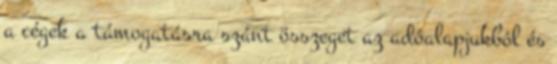
a cégek a támogatásra szánt összeget az adóalapjukból és